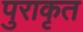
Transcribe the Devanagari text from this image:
पुराकृत